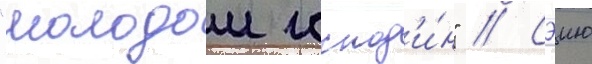
"молодои господ'и́н" // Сэию